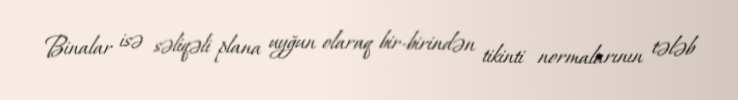
Binalar isə səliqəli plana uyğun olaraq bir-birindən tikinti normalarının tələb